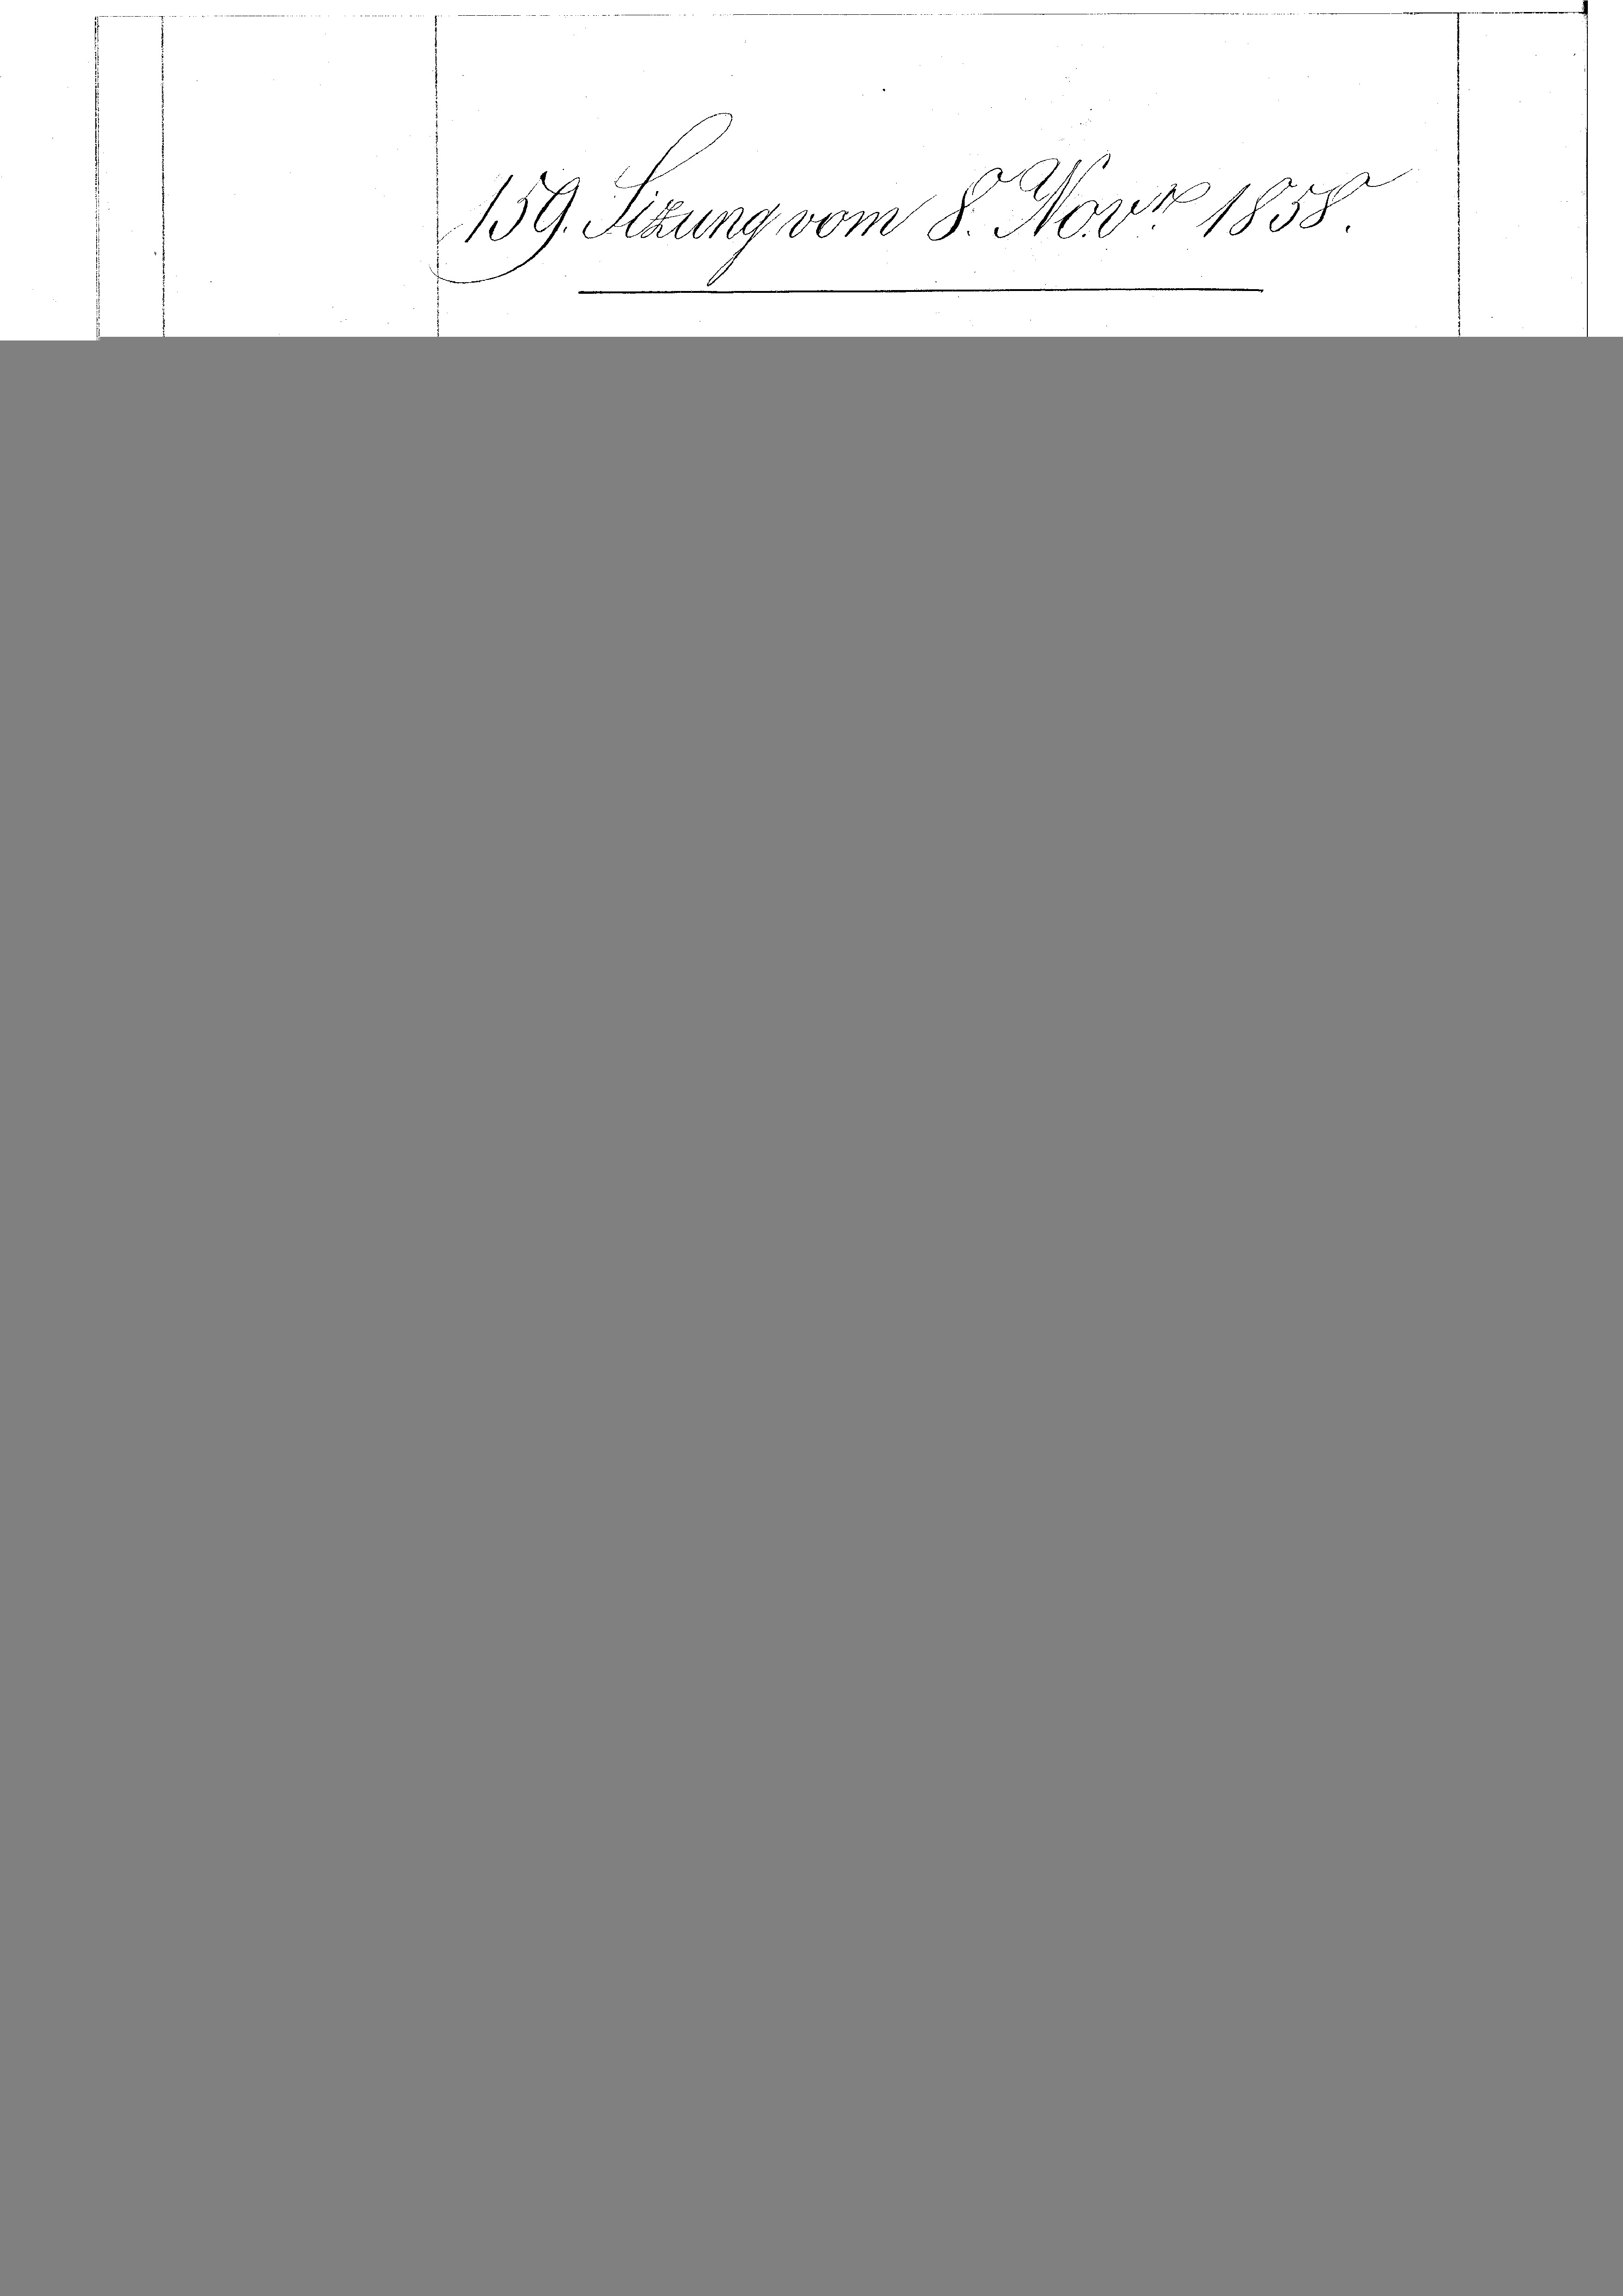
159. Sizung vom 8. Nov 1858